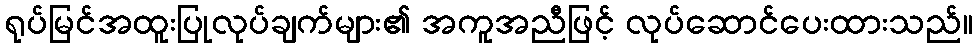
ရုပ်မြင်အထူးပြုလုပ်ချက်များ၏ အကူအညီဖြင့် လုပ်ဆောင်ပေးထားသည်။